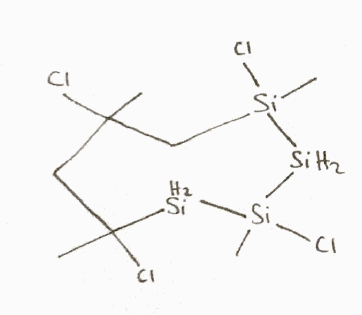
Simplified molecular-input line-entry system (SMILES) notation of the given molecule:
CC1(CC([SiH2][Si]([SiH2][Si](C1)(C)Cl)(C)Cl)(C)Cl)Cl